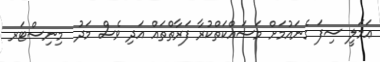
ޢަމަލީ ސިފަ ގެނައުމަށް މަސައްކަތްކުރާ ފަރާތްތައް އަދި ވެސް މަދު  މިނިސްޓަރ